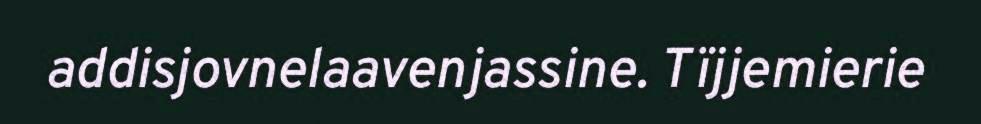
addisjovnelaavenjassine. Tïjjemierie